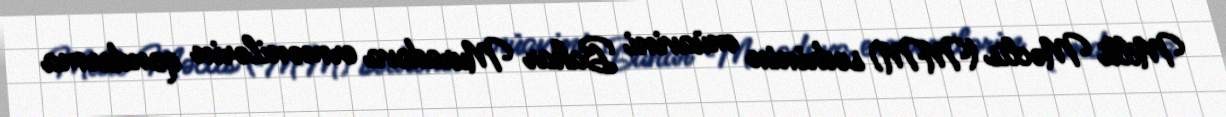
Milli Məclis (MM) sədrinin müavini Bahar Muradova ermənilərin qondarma